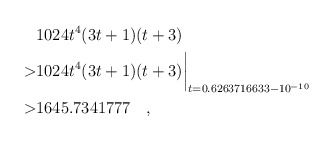
\begin{align*} & 1024 t^4(3t+1)(t+3) \\ > & 1024 t^4(3t+1)(t+3)\biggr\rvert_{t=0.6263716633 - 10^{-10}} \\ > & 1645.7341777\quad , \end{align*}